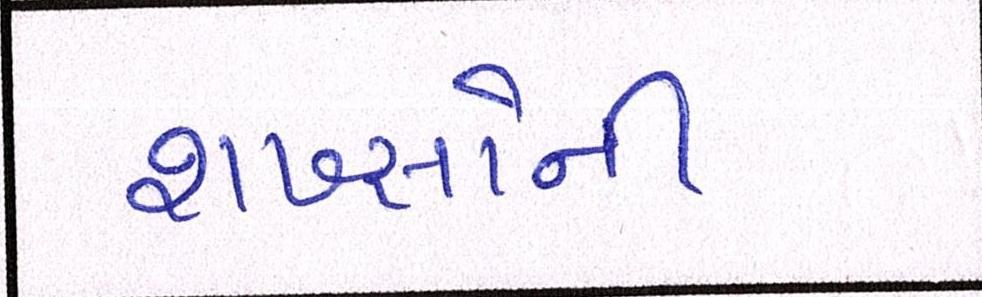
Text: શખ્સોની